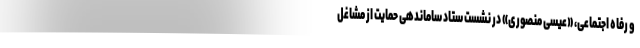
و رفاه اجتماعی، «عیسی منصوری» در نشست ستاد ساماندهی حمایت از مشاغل